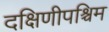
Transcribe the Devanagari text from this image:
दक्षिणीपश्चिम